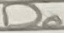
Text: D0